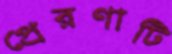
প্রেরণাটি